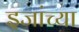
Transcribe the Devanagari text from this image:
इजांच्या